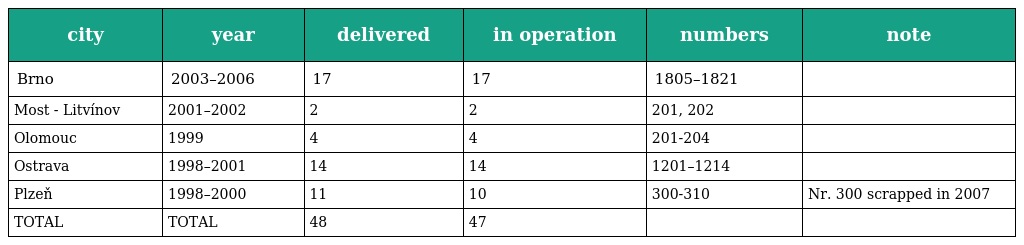
| city | year | delivered | in operation | numbers | note |
 | --- | --- | --- | --- | --- | --- |
 | Brno | 2003–2006 | 17 | 17 | 1805–1821 |  |
 | Most - Litvínov | 2001–2002 | 2 | 2 | 201, 202 |  |
 | Olomouc | 1999 | 4 | 4 | 201-204 |  |
 | Ostrava | 1998–2001 | 14 | 14 | 1201–1214 |  |
 | Plzeň | 1998–2000 | 11 | 10 | 300-310 | Nr. 300 scrapped in 2007 |
 | TOTAL | TOTAL | 48 | 47 |  |  |